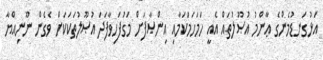
އަޅުގަނޑުމެންގެ ޢާންމު އުޞޫލުތައް އެއީ ހަމަހަމަކަމާއި އިންޞާފަށް މަގުފަހިވާފަދަ އުޞޫލުތަކަކަށް ވެގެން ނޫނިއްޔާ